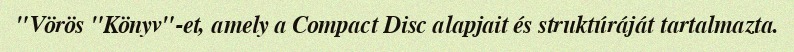
"Vörös "Könyv"-et, amely a Compact Disc alapjait és struktúráját tartalmazta.